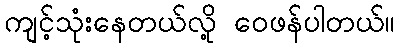
ကျင့်သုံးနေတယ်လို့ ဝေဖန်ပါတယ်။